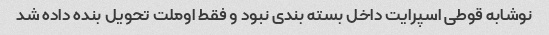
نوشابه قوطی اسپرایت داخل بسته بندی نبود و فقط اوملت تحویل بنده داده شد